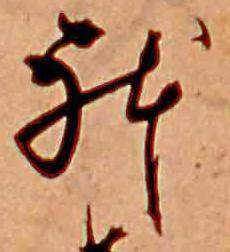
躰